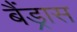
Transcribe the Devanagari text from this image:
बैंड्रास